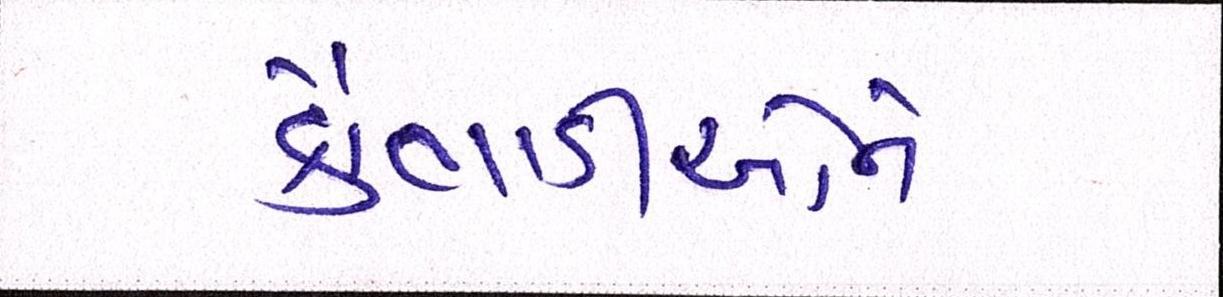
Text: કૌભાંડીઓને